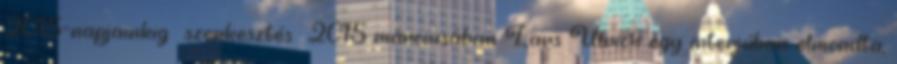
2015–napjainkig szerkesztés 2015 márciusában Lars Ulrich egy interjúban elmondta,